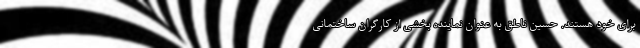
برای خود هستند. حسین ناطق به عنوان نماینده بخشی از کارگران ساختمانی